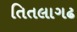
તિતલાગઢ